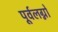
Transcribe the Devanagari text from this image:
पूर्वलग्नों